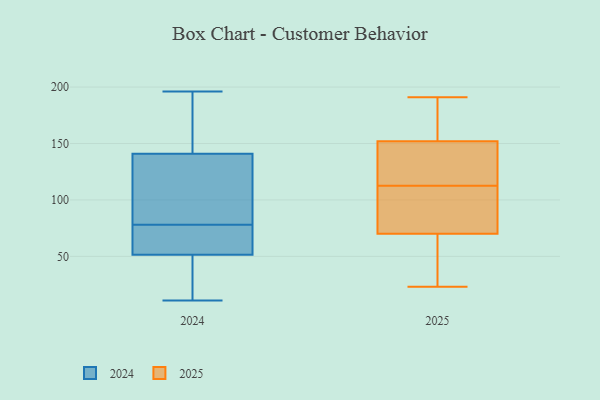
{"axis": {"x": "Backlog", "y": "Value"}, "legend": ["2024", "2025"], "data": [{"x": "", "y": 135, "type": "2025"}, {"x": "", "y": 119, "type": "2025"}, {"x": "", "y": 147, "type": "2025"}, {"x": "", "y": 51, "type": "2025"}, {"x": "", "y": 55, "type": "2025"}, {"x": "", "y": 191, "type": "2025"}, {"x": "", "y": 152, "type": "2025"}, {"x": "", "y": 106, "type": "2025"}, {"x": "", "y": 70, "type": "2025"}, {"x": "", "y": 173, "type": "2025"}, {"x": "", "y": 83, "type": "2025"}, {"x": "", "y": 179, "type": "2025"}, {"x": "", "y": 23, "type": "2025"}, {"x": "", "y": 81, "type": "2025"}, {"x": "", "y": 17, "type": "2024"}, {"x": "", "y": 189, "type": "2024"}, {"x": "", "y": 24, "type": "2024"}, {"x": "", "y": 44, "type": "2024"}, {"x": "", "y": 188, "type": "2024"}, {"x": "", "y": 70, "type": "2024"}, {"x": "", "y": 132, "type": "2024"}, {"x": "", "y": 45, "type": "2024"}, {"x": "", "y": 181, "type": "2024"}, {"x": "", "y": 100, "type": "2024"}, {"x": "", "y": 95, "type": "2024"}, {"x": "", "y": 81, "type": "2024"}, {"x": "", "y": 75, "type": "2024"}, {"x": "", "y": 75, "type": "2024"}, {"x": "", "y": 150, "type": "2024"}, {"x": "", "y": 11, "type": "2024"}, {"x": "", "y": 196, "type": "2024"}, {"x": "", "y": 58, "type": "2024"}, {"x": "", "y": 74, "type": "2024"}, {"x": "", "y": 97, "type": "2024"}]}